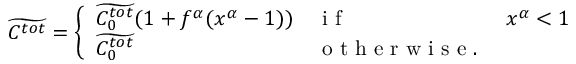
\widetilde { C ^ { t o t } } = \left\{ \begin{array} { l l l } { \widetilde { C _ { 0 } ^ { t o t } } ( 1 + f ^ { \alpha } ( x ^ { \alpha } - 1 ) ) } & { \mathrm { ~ i ~ f ~ } } & { x ^ { \alpha } < 1 } \\ { \widetilde { C _ { 0 } ^ { t o t } } } & { \mathrm { ~ o ~ t ~ h ~ e ~ r ~ w ~ i ~ s ~ e ~ . ~ } } \end{array} \right.